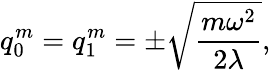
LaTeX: q_{0}^{m}=q_{1}^{m}=\pm\sqrt{\frac{m\omega^{2}}{2\lambda}},